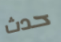
حدث